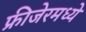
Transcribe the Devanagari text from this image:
फ्रीजेरमध्ये